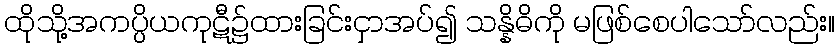
ထိုသို့အကပ္ပိယကုဋီ၌ထားခြင်းငှာအပ်၍ သန္နိဓိကို မဖြစ်စေပါသော်လည်း။